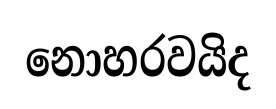
නොහරවයිද